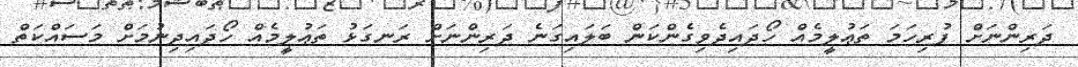
ދަރިންނަށް ފުރިހަމަ ތަޢުލީމެއް ހޯދައިދެވިގެންކަން ބަލައިގަނެ ދަރިންނަށް ރަނގަޅު ތަޢުލީމެއް ހޯދައިދިނުމަށް މަސައްކަތް